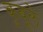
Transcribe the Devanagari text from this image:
कुबूले